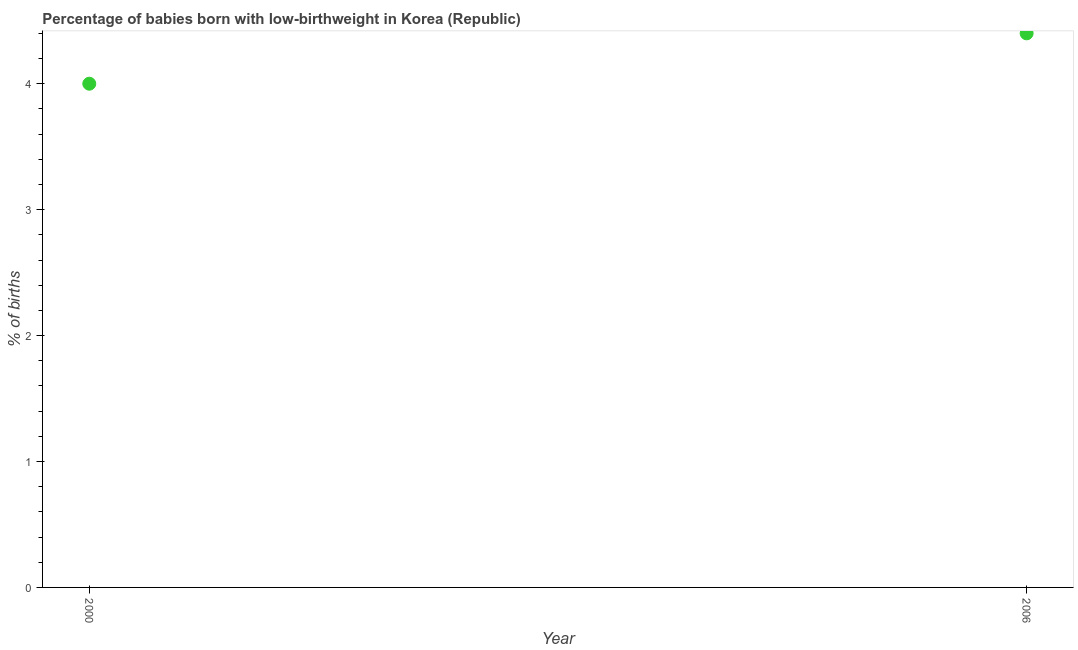
| Year | Low-birthweight babies |
 | --- | --- |
 | 2000 | 4 |
 | 2006 | 4.4 |